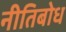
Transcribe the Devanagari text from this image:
नीतिबोध